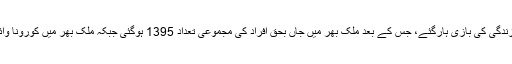
واضح رہے پاکستان میں ایک روز میں کورونا سے مزید 78 افراد زندگی کی بازی ہارگئے، جس کے بعد ملک بھر میں جاں بحق افراد کی مجموعی تعداد 1395 ہوگئی جبکہ ملک بھر میں کورونا وائرس کے مریضوں کی مجموعی تعداد 64 ہزار 457 تک جا پہنچی۔